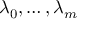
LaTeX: \lambda _ { 0 } , \ldots , \lambda _ { m }